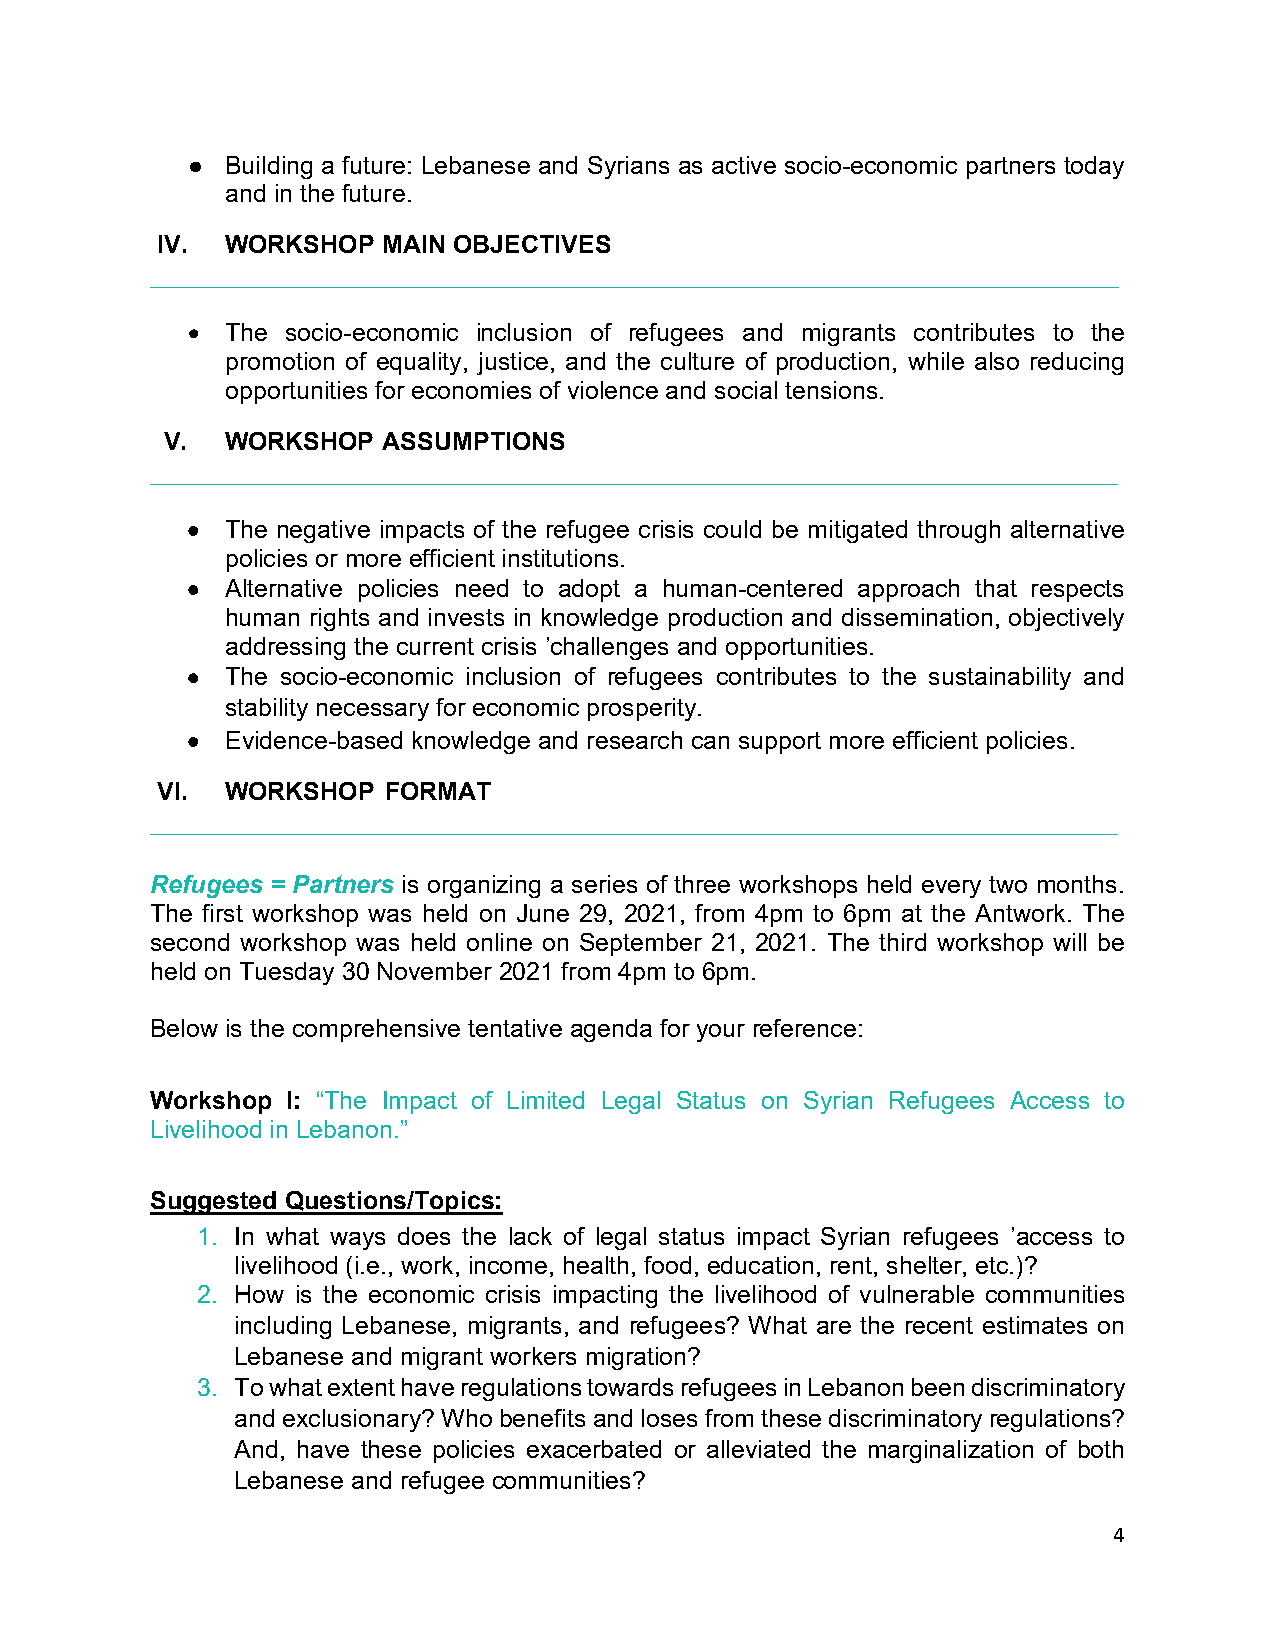
●  Building a future: Lebanese and Syrians as active socio-economic partners today
 and in the future.
 IV.  WORKSHOP  MAIN OBJECTIVES
 •  The socio-economic inclusion of refugees and migrants contributes to the
 promotion of equality, justice, and the culture of production, while also reducing
 opportunities for economies of violence and social tensions.
 V.  WORKSHOP  ASSUMPTIONS
 •  The negative impacts of the refugee crisis could be mitigated through alternative
 policies or more efficient institutions.
 •  Alternative policies need to adopt a human-centered approach that respects
 human rights and invests in knowledge production and dissemination, objectively
 addressing the current crisis ’challenges and opportunities.
 •  The socio-economic inclusion of refugees contributes to the sustainability and
 stability necessary for economic prosperity.
 •  Evidence-based knowledge and research can support more efficient policies.
 VI.  WORKSHOP  FORMAT
 Refugees = Partners is organizing a series of three workshops held every two months.
 The first workshop was held on June 29, 2021, from 4pm to 6pm at the Antwork. The
 second workshop was held online on September 21, 2021. The third workshop will be
 held on Tuesday 30 November 2021 from 4pm to 6pm.
 Below is the comprehensive tentative agenda for your reference:
 Workshop I: “The Impact of Limited Legal Status on Syrian Refugees Access to
 Livelihood in Lebanon.”
 Suggested Questions/Topics:
 1. In what ways does the lack of legal status impact Syrian refugees ’access to
 livelihood (i.e., work, income, health, food, education, rent, shelter, etc.)?
 2. How is the economic crisis impacting the livelihood of vulnerable communities
 including Lebanese, migrants, and refugees? What are the recent estimates on
 Lebanese and migrant workers migration?
 3. To what extent have regulations towards refugees in Lebanon been discriminatory
 and exclusionary? Who benefits and loses from these discriminatory regulations?
 And, have these policies exacerbated or alleviated the marginalization of both
 Lebanese and refugee communities?
 4